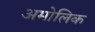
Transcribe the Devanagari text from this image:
अमोलिक